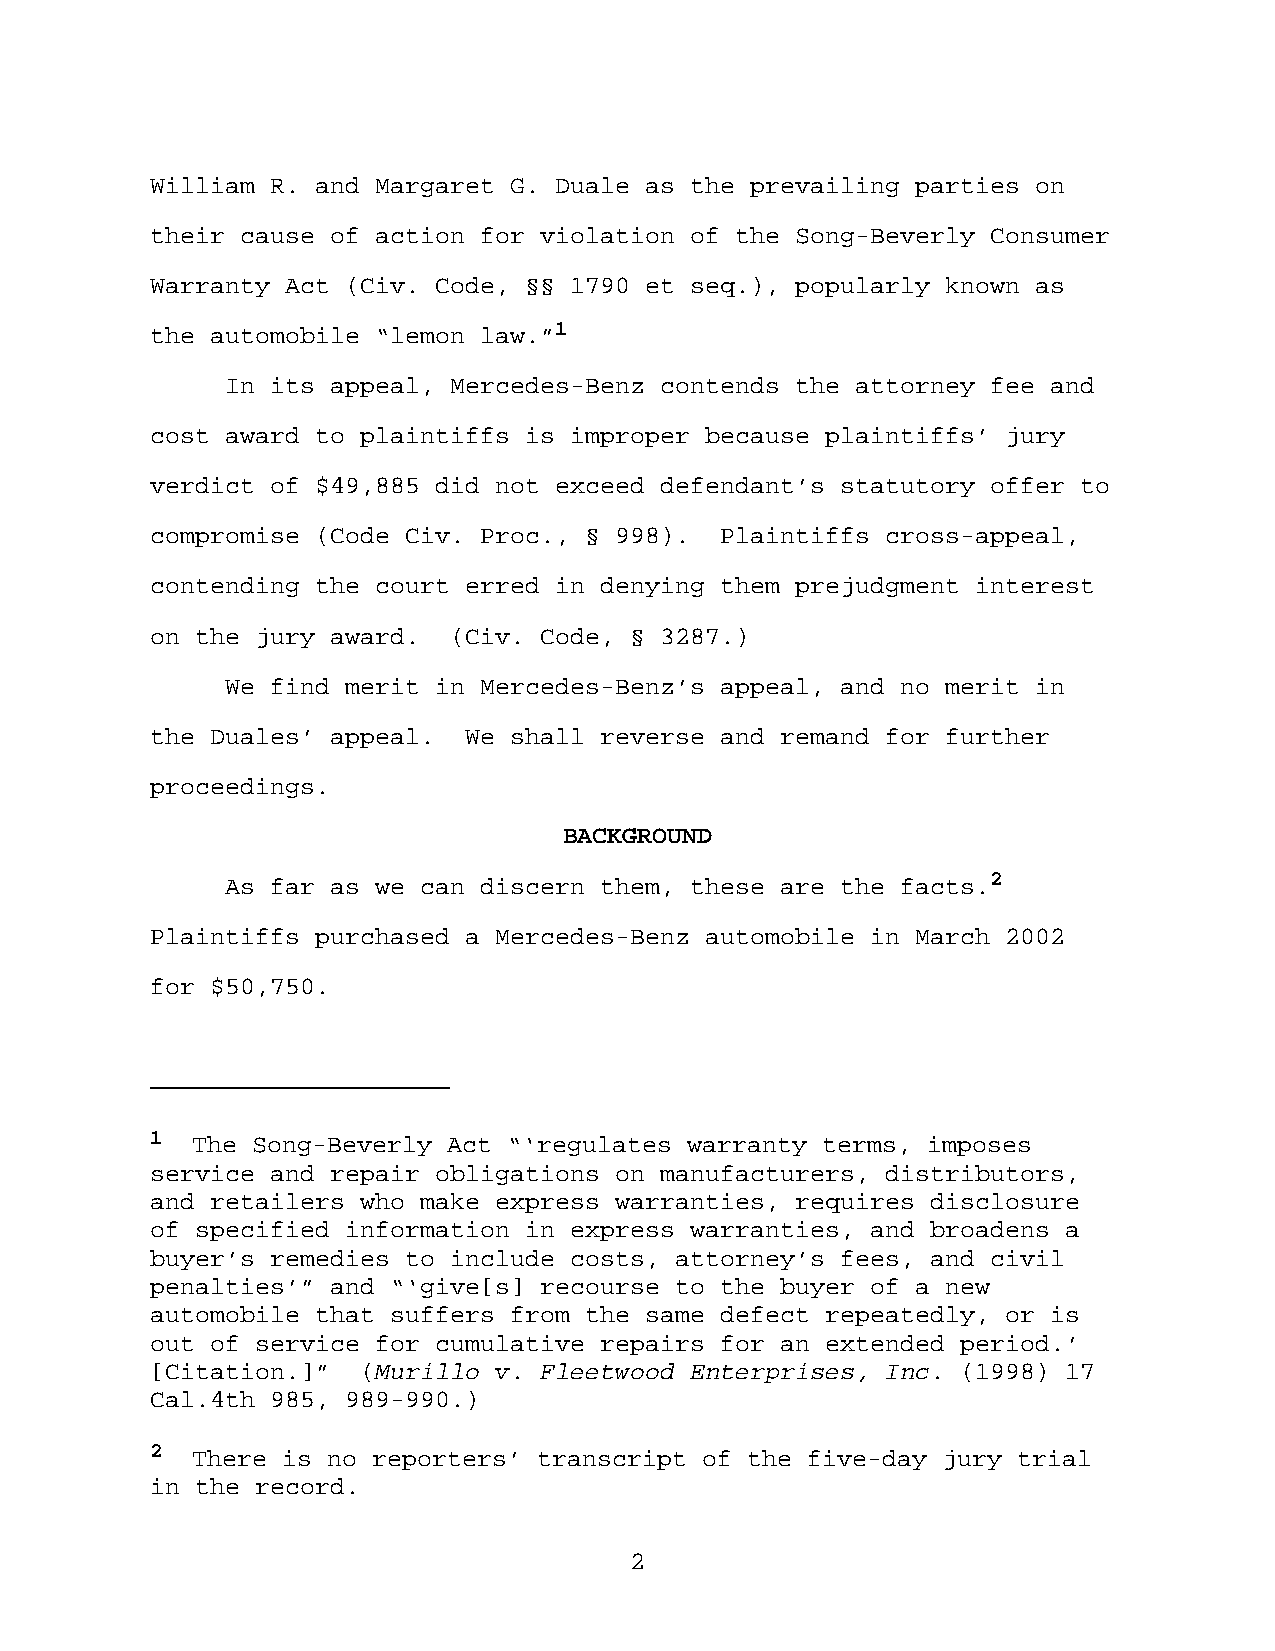
William R. and Margaret G. Duale as the prevailing parties on
 their cause of action for violation of the Song-Beverly Consumer
 Warranty Act (Civ. Code, §§ 1790 et seq.), popularly known as
 the automobile “lemon law.”1
 In its appeal, Mercedes-Benz contends the attorney fee and
 cost award to plaintiffs is improper because plaintiffs’ jury
 verdict of $49,885 did not exceed defendant’s statutory offer to
 compromise (Code Civ. Proc., § 998).  Plaintiffs cross-appeal,
 contending the court erred in denying them prejudgment interest
 on the jury award.  (Civ. Code, § 3287.)
 We find merit in Mercedes-Benz’s appeal, and no merit in
 the Duales’ appeal.  We shall reverse and remand for further
 proceedings.
 BACKGROUND
 As far as we can discern them, these are the facts.2
 Plaintiffs purchased a Mercedes-Benz automobile in March 2002
 for $50,750.
 1  The Song-Beverly Act “‘regulates warranty terms, imposes
 service and repair obligations on manufacturers, distributors,
 and retailers who make express warranties, requires disclosure
 of specified information in express warranties, and broadens a
 buyer’s remedies to include costs, attorney’s fees, and civil
 penalties’” and “‘give[s] recourse to the buyer of a new
 automobile that suffers from the same defect repeatedly, or is
 out of service for cumulative repairs for an extended period.’
 [Citation.]”  (Murillo v. Fleetwood Enterprises, Inc. (1998) 17
 Cal.4th 985, 989-990.)
 2  There is no reporters’ transcript of the five-day jury trial
 in the record.
 2